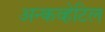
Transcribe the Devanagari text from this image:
अन्कव्हेटिल